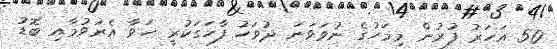
50 އަހަރު ފުރުން މިމަހުގެ ނުވަވަނަ ދުވަހު ފާހަގަކުރީ ހަވާ އެރުވުމާއި ބޮޑު